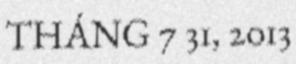
THÁNG 7 31, 2013